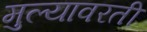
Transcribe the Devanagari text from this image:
मुल्यावरती